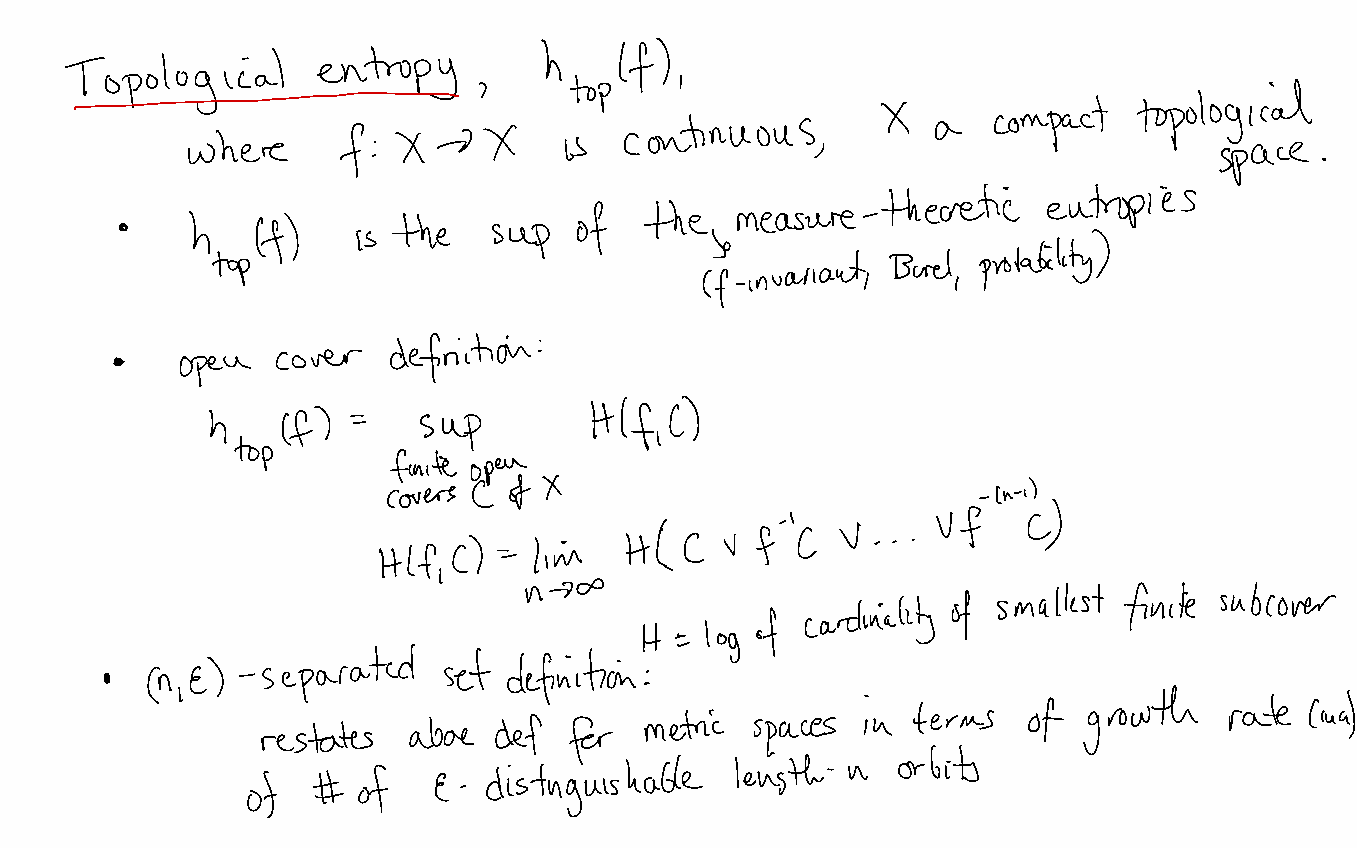
Topologiialentropy
 htoplf)
 ,
 ,                                          topological
 X       compact
 continuous           a
 where     f  : Xo   X    is               ,                          space
 .
 theoretic  eutnpies
 •   htoplf)     is the   sup  of   the ¥ measure-        probability)
 invariant Borel
 -       ,     ,
 definition:
 cover
 •   open
 h    Cf) =    sup        Hlf  C)
 ,
 top
 finite
 open
 covers C of X                           "
 -
 '         Vf
 HHC)    -- Ling HIC    v f- C  V . . .
 smallest finite sub
 cardinality of                 cover
 of
 H   log
 -=
 )  separated   set  definition
 •  Cme   -                          :
 .  terms   of  growth   rate  Cua)
 restates  aboe  def  fer  metric spaces in
 orbits
 of   #  of   E  distinguishable  leansth - n
 -